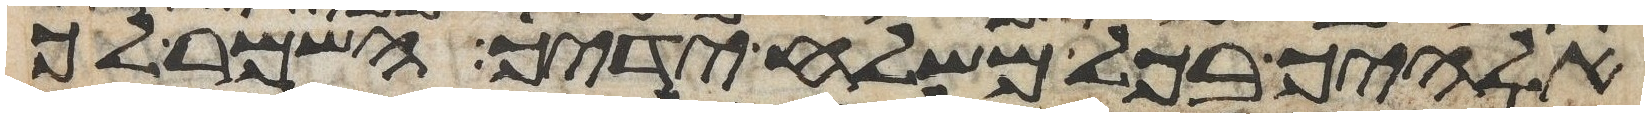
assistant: אלהיך בכל משלח ידיך השמר לך